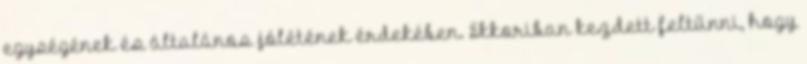
egységének és általános jólétének érdekében. Ekkoriban kezdett feltűnni, hogy